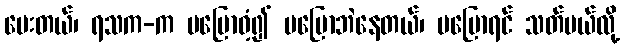
မေးတယ်၊ ရသက-က မပြောဝံ့၍ မပြောဘဲနေတယ်၊ မပြောရင် သတ်မယ်လို့